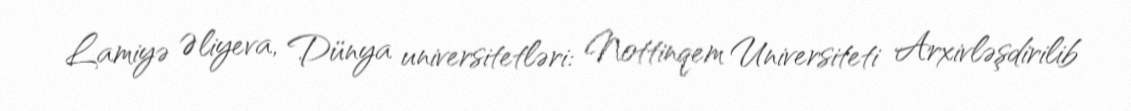
Lamiyə Əliyeva, Dünya universitetləri: Nottinqem Universiteti Arxivləşdirilib